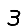
Digit: 3